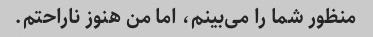
منظور شما را می‌بینم، اما من هنوز ناراحتم.